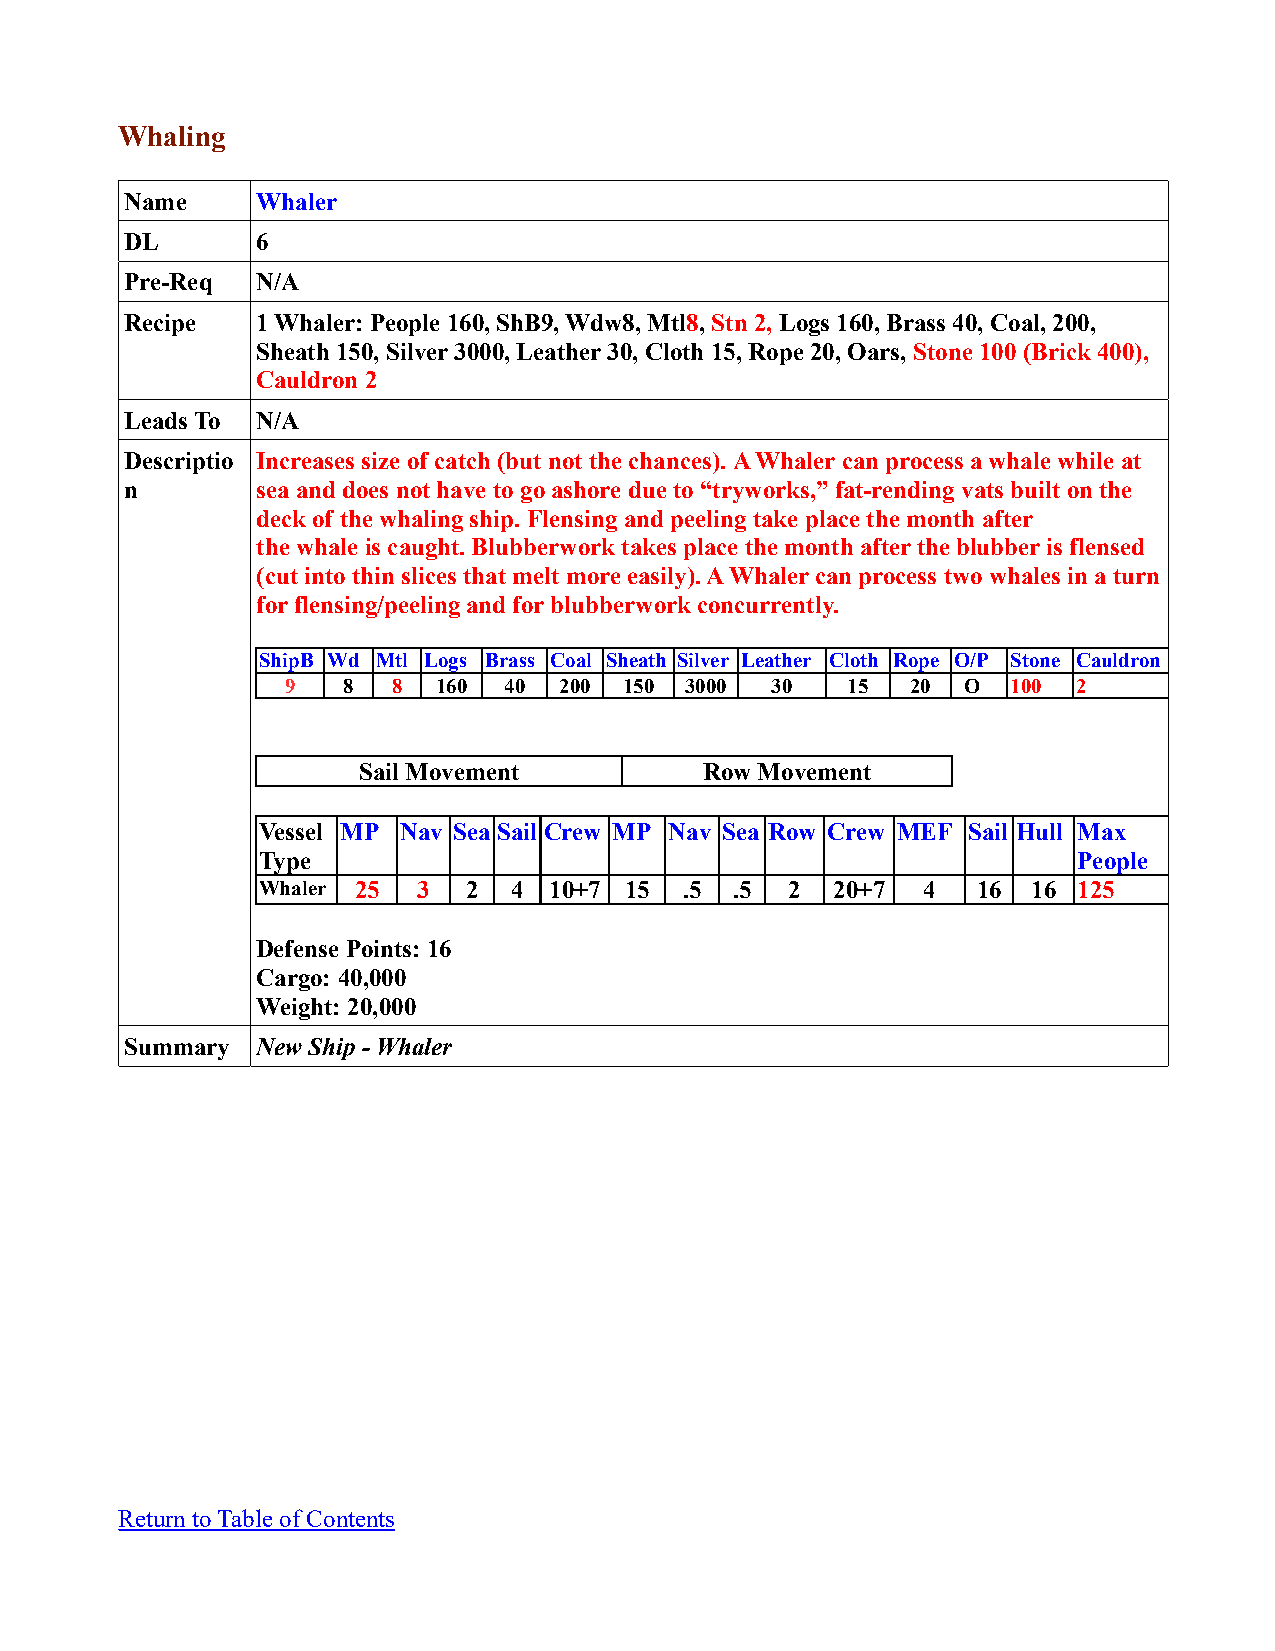
Whaling
 Name     Whaler
 DL       6
 Pre-Req  N/A
 Recipe   1 Whaler: People 160, ShB9, Wdw8, Mtl8, Stn 2, Logs 160, Brass 40, Coal, 200,
 Sheath 150, Silver 3000, Leather 30, Cloth 15, Rope 20, Oars, Stone 100 (Brick 400),
 Cauldron 2
 Leads To N/A
 Descriptio Increases size of catch (but not the chances). A Whaler can process a whale while at
 n        sea and does not have to go ashore due to “tryworks,” fat-rending vats built on the
 deck of the whaling ship. Flensing and peeling take place the month after
 the whale is caught. Blubberwork takes place the month after the blubber is flensed
 (cut into thin slices that melt more easily). A Whaler can process two whales in a turn
 for flensing/peeling and for blubberwork concurrently.
 ShipB Wd Mtl Logs Brass Coal Sheath Silver Leather Cloth Rope O/P Stone Cauldron
 9   8  8  160 40  200 150 3000  30   15  20  O  100 2
 Sail Movement          Row Movement
 Vessel MP Nav Sea Sail Crew MP Nav Sea Row Crew MEF Sail Hull Max
 Type                                                  People
 Whaler 25  3  2  4 10+7 15  .5  .5 2  20+7  4   16 16 125
 Defense Points: 16
 Cargo: 40,000
 Weight: 20,000
 Summary  New Ship - Whaler
 Return to Table of Contents